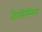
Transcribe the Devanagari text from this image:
कैल्रिसियन